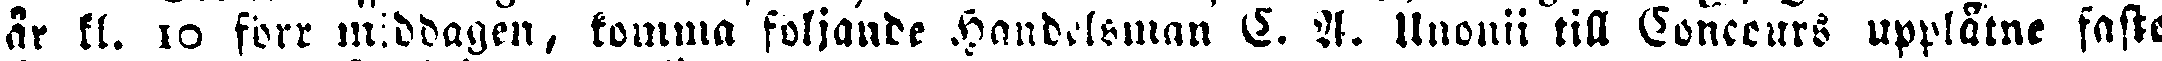
år kl. 10 förr middagen, komma följande Handelsman S. A. Unonii till Conccurs upplåtne faste